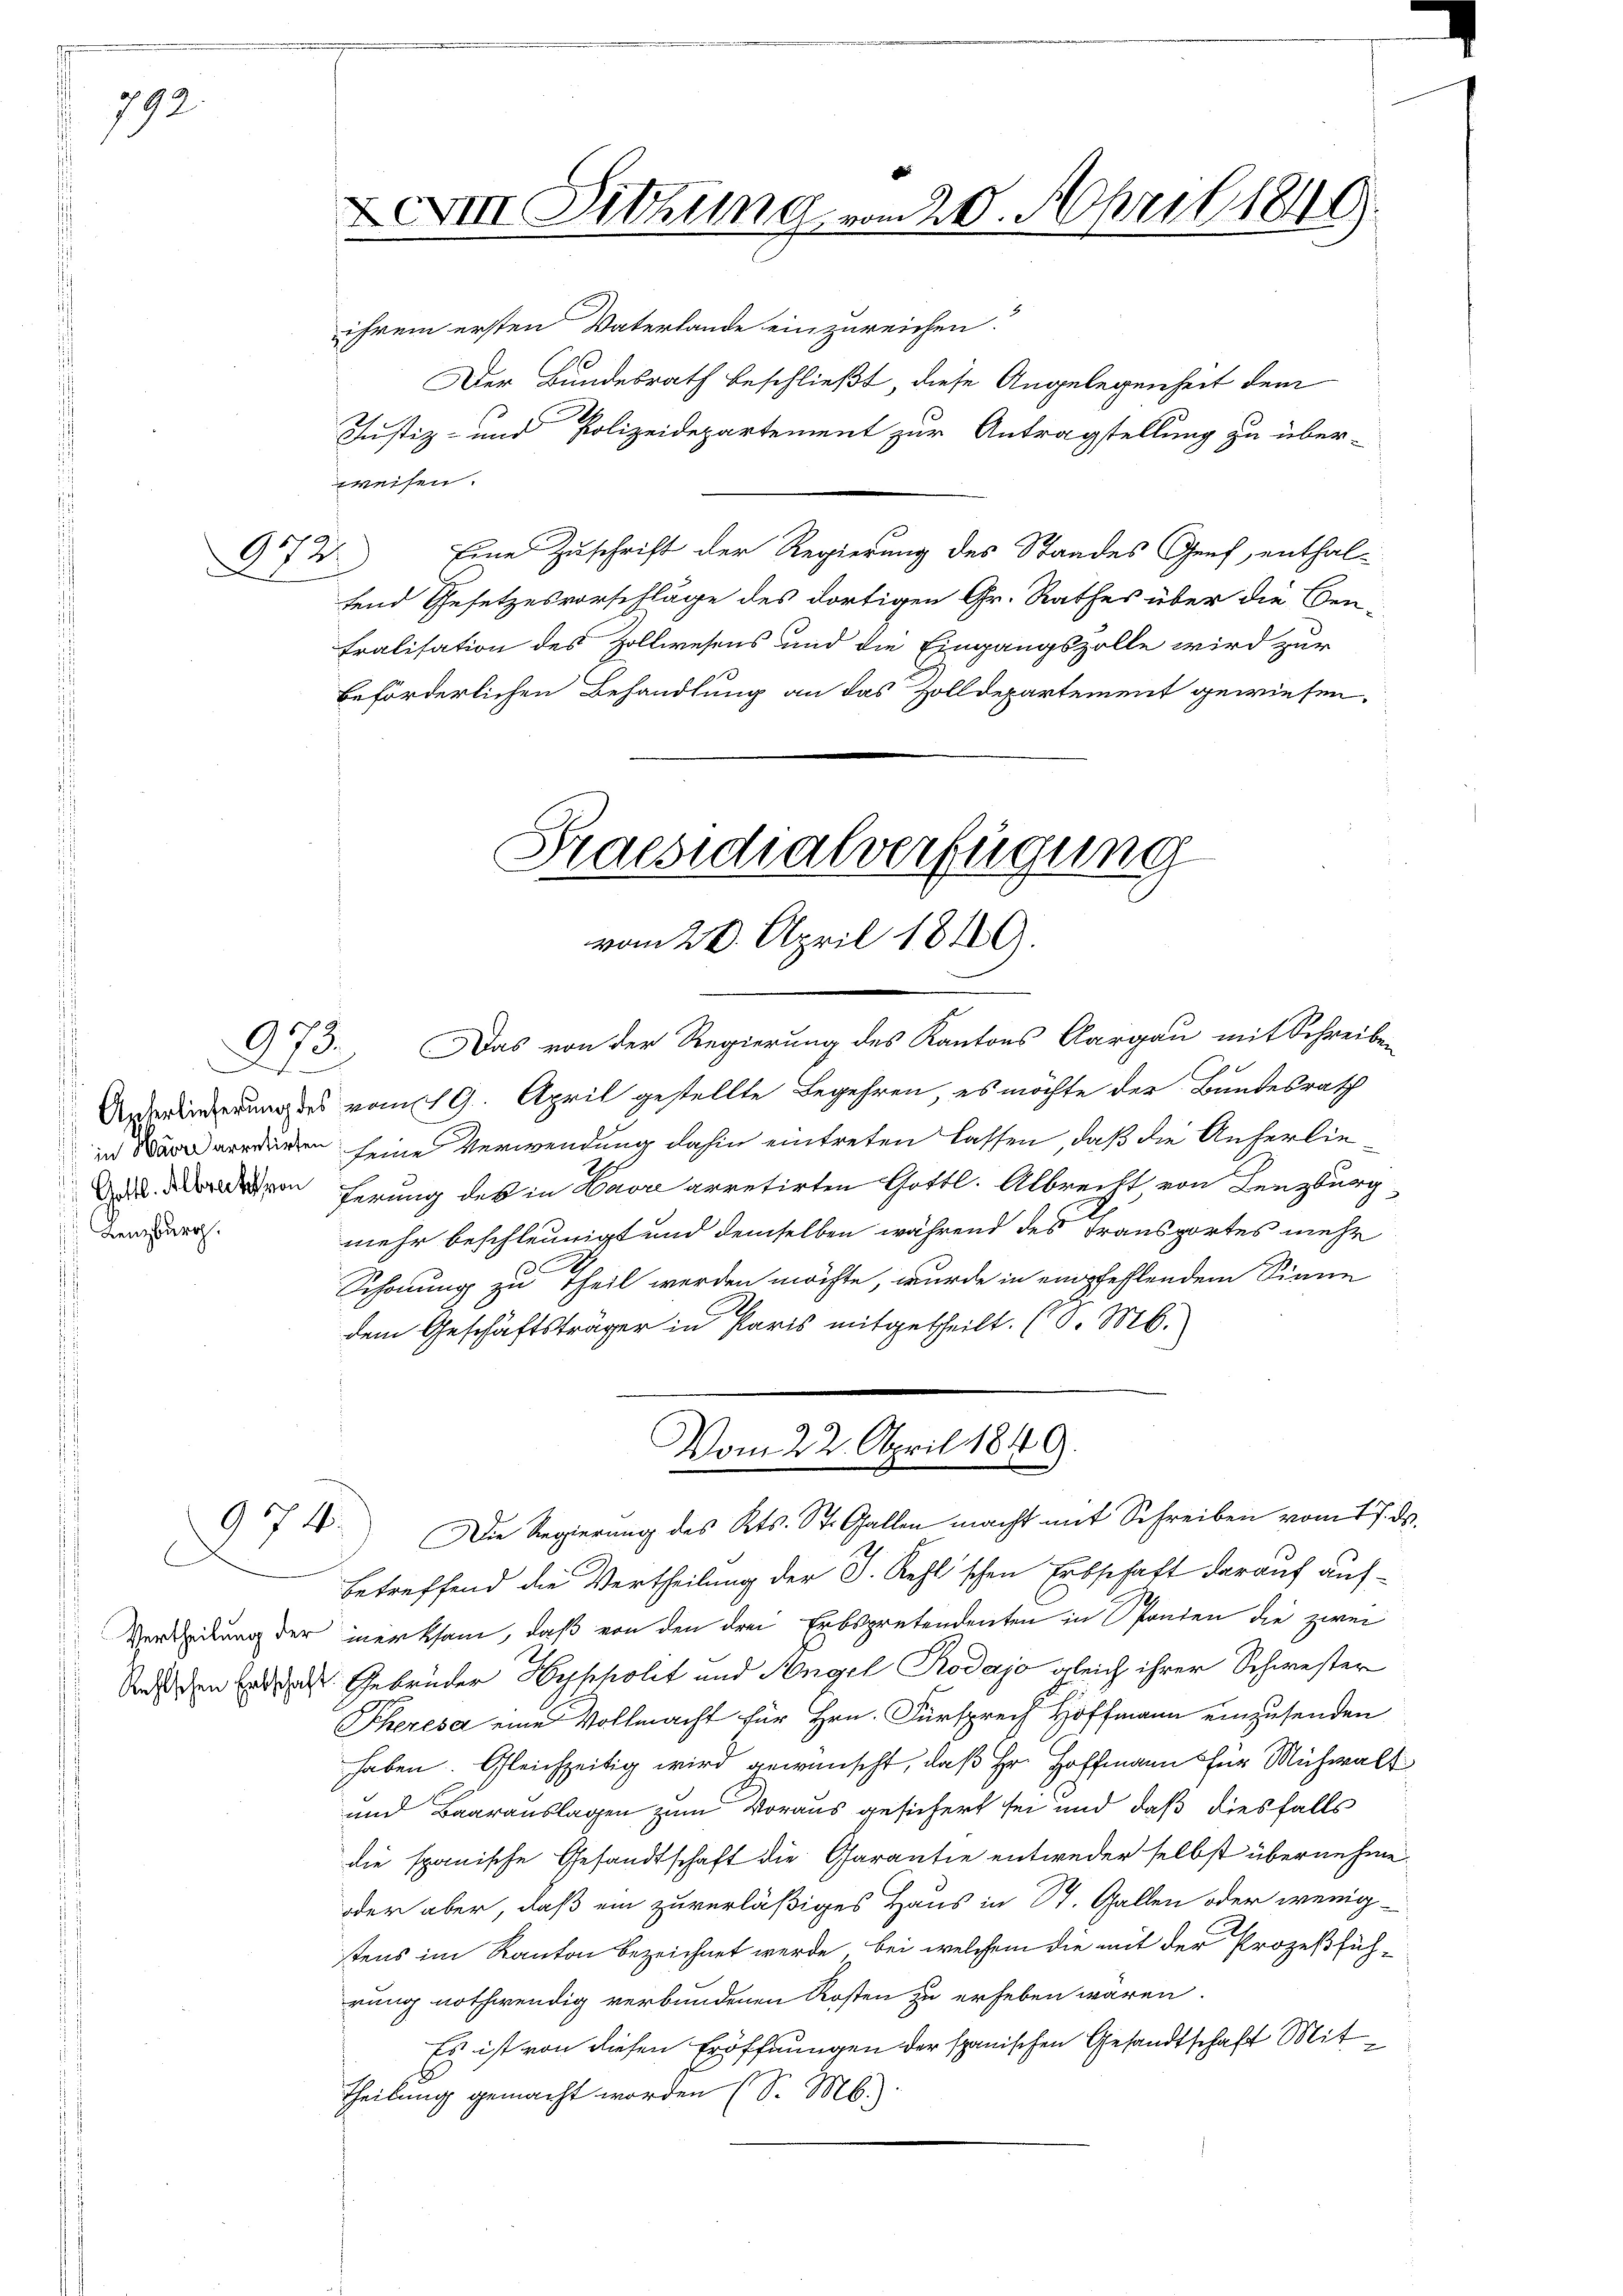
792.

.

672.

13.

Lenzburg.

974.

XVIII. Ditzung vom 20. April 1849

ihrem ersten Vaterlande einzureichen.
Der Bundesrath beschließt, diese Angelegenheit dem
Justiz- und Polizeidepartement zur Antragstellung zu über-
weisen.
Eine Zuschrift der Regierung des Standes Genf, enthal-
fend Gesetzesvorschläge des dortigen Gr. Rathes über die Cen-
Fralisation des Zollwesens und die Eingangszolle wird zur
beförderlichen Behandlung an das Zolldepartement gewiesen.

Praesidialverfügung
vom 20. April 1849.

Das von der Regierung des Kantons Aargau mit Schreiben
Anrinderung des vom 19. April gestellte Begehren, es möchte der Bundesrath
in werdenen seine Verwendung dahin eintreten lassen, daß die Anherlie
geferung des in Havre arretirten Gottl. Albrecht, von Lenzburg,
mehr beschleunigt und demselben während des Transportes mehr
Schonung zu Theil werden möchte, wurde in empfehlendem Sinne
dem Geschäftsträger in Paris mitgetheilt. (S. M.

Die Regierung des Kts. St. Gallen macht mit Schreiben vom 17. ds.
betreffend die Vertheilung der S. Kehl'schen Erbschaft darauf auf¬
Verdeckung der merksam, daß von den drei Erbspretendenten in Spanten die zwei
Ansten das Gebrüder Hypolit und Angel Rodajo gleich ihrer Schwester
Theresa eine Vollmacht für Hrn. Fürsprech Hoffmann einzusenden
haben. Gleichzeitig wird gewünscht, daß Hr. Hoffmann für Mühwalt
und Baarauslagen zum Voraus gesichert sei und daß diesfalls
die spanische Gesandtschaft die Garantie entweder selbst übernehme
oder aber, daß ein zuverläßiges Haus in St. Gallen oder wenig-
stens im Kanton bezeichnet werde, bei welchem die mit der Prozeßfüh-
rung nothwendig verbundenen Kosten zu erheben wären.
Es ist von diesen Eröffnungen der spanischen Gesandtschaft Mit¬
Theilung gemacht worden (S. M.)

Vom 22. April 1849.